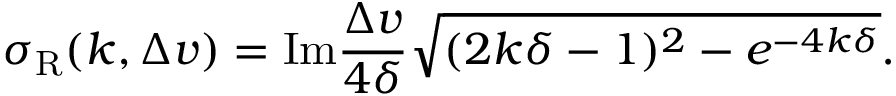
\sigma _ { \mathrm { R } } ( k , \Delta v ) = \mathrm { I m } \frac { \Delta v } { 4 \delta } \sqrt { ( 2 k \delta - 1 ) ^ { 2 } - e ^ { - 4 k \delta } } .